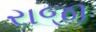
રાજી